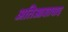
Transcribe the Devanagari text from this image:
अतिआशावाद